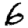
Digit: 6